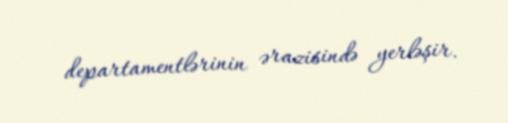
departamentlərinin ərazisində yerləşir.